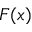
F ( x )